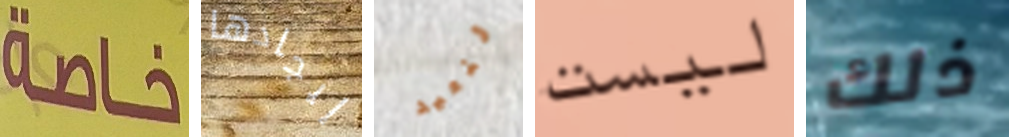
خاصة إيجادها لنعيد ليست ذلك